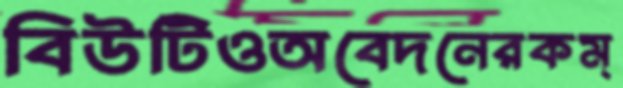
বিউটিওঅবেদনেরকম্